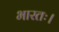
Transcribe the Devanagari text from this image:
भारतः।